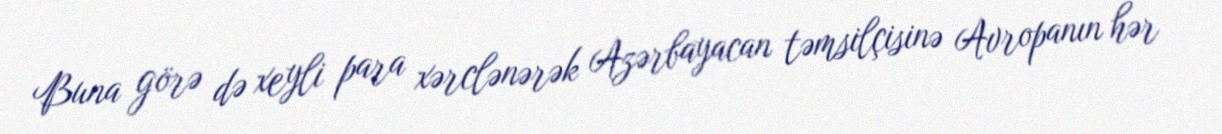
Buna görə də xeyli para xərclənərək Azərbayacan təmsilçisinə Avropanın hər